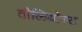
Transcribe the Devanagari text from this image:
तीलियोस्ट